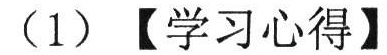
（1）【学习心得】